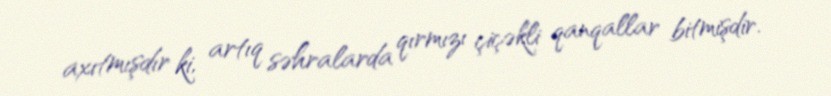
axıtmışdır ki, artıq səhralarda qırmızı çiçəkli qanqallar bitmişdir.